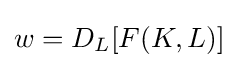
w=D_{L}[F(K,L)]